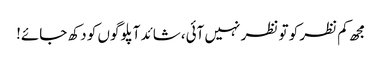
مجھ کم نظر کو تو نظر نہیں آئی،شائد آپلوگوں کو دکھ جائے!